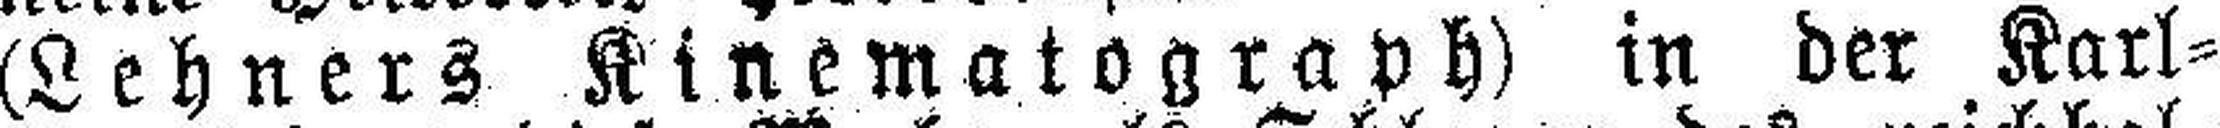
(Lehners Kinematograph) in der Karl¬